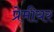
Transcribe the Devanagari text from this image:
प्रेमीयर